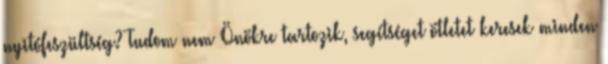
nyitófeszültség? Tudom nem Önökre tartozik, segítséget ötletet keresek minden